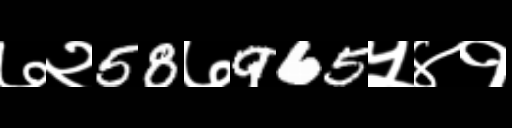
Text: ७२58७965५४१